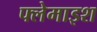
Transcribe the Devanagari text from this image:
फ्लेमाइश